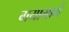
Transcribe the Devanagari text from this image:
गयामार्गे